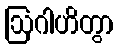
ဩဂါဟိတွာ